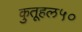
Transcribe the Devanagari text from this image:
कुतूहल५०